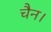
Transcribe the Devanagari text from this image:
चैन।